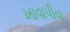
ખાવાપીવા